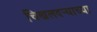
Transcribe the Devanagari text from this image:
चिखलदर्‍याच्या